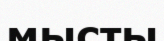
мысты